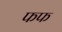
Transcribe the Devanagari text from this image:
फफ